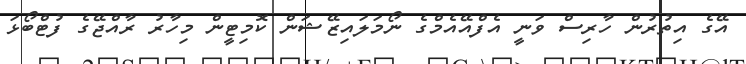
އޭގެ އިތުރުން ހާރިސް ވަނީ އެފްއޭއެމްގެ ނޯމަލައިޒޭޝަން ކޮމިޓީން މިހާރު ރާއްޖޭގެ ފުޓްބޯޅަ